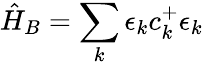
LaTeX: \hat{H}_{B}=\sum_{k}\epsilon_{k}c_{k}^{+}\epsilon_{k}